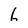
Character: 6